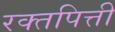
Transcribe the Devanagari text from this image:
रक्तपित्ती